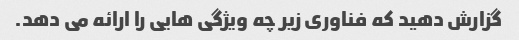
گزارش دهید که فناوری زیر چه ویژگی هایی را ارائه می دهد.